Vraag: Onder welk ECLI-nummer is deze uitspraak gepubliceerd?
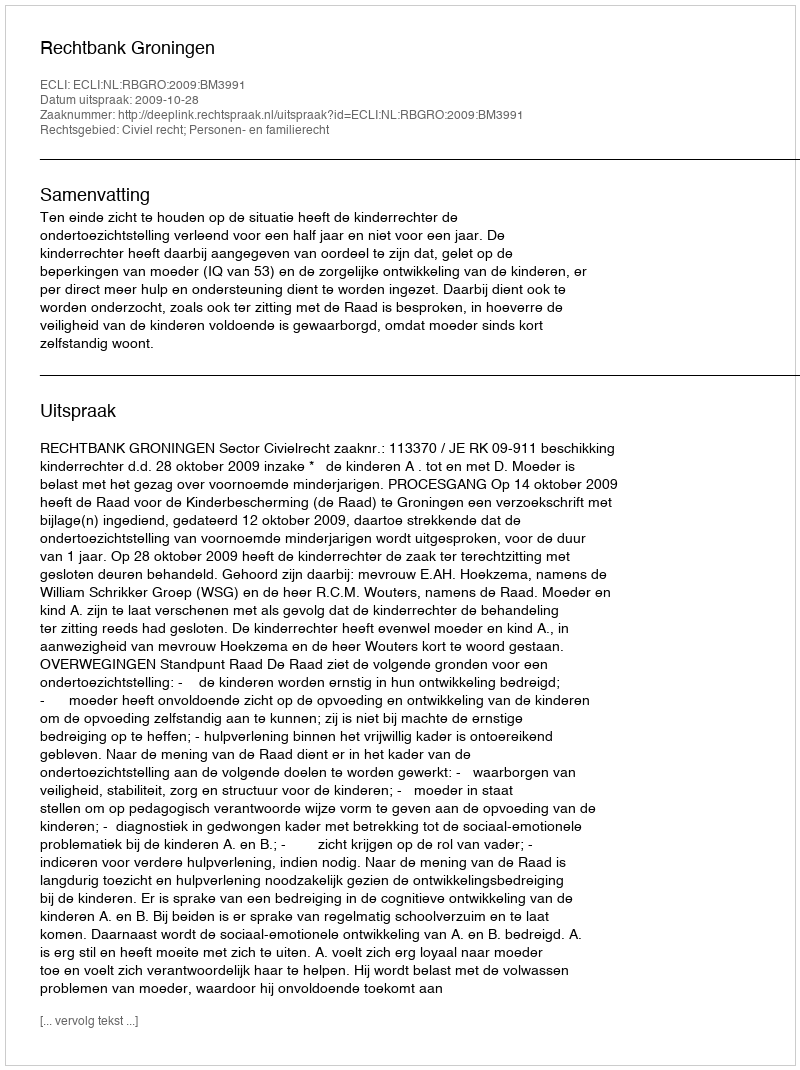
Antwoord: ECLI:NL:RBGRO:2009:BM3991